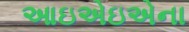
આઇએઇએના